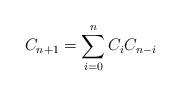
LaTeX: \begin{align*} C_{n+1} = \sum_{i=0}^n C_i C_{n-i}\end{align*}